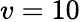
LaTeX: v=10